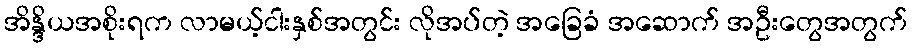
အိန္ဒိယအစိုးရက လာမယ့်ငါးနှစ်အတွင်း လိုအပ်တဲ့ အခြေခံ အဆောက် အဦးတွေအတွက်